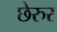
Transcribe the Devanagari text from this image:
छेरुर